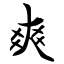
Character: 爽